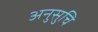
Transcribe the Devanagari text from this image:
अनुसुचि